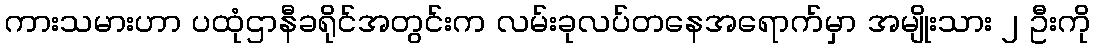
ကားသမားဟာ ပထုံဌာနီခရိုင်အတွင်းက လမ်းခုလပ်တနေအရောက်မှာ အမျိုးသား ၂ ဦးကို